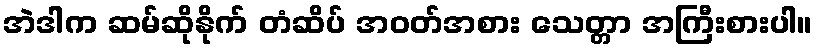
အဲဒါက ဆမ်ဆိုနိုက် တံဆိပ် အဝတ်အစား သေတ္တာ အကြီးစားပါ။